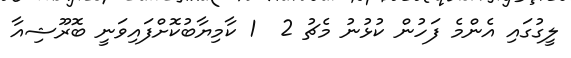
ލީގުގައި އެންމެ ފަހުން ކުޅުނު މެޗު 2  1 ކާމިޔާބުކޮށްފައިވަނީ ބޮރޫޝިއާ